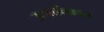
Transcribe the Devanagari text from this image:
उत्पत्तीबाबत